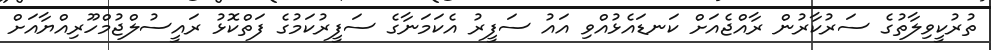
ތުރުކީވިލާތުގެ ސަރުކާރުން ރާއްޖެއަށް ކަނޑައެޅުއްވި އައު ސަފީރު އެކަމަނާގެ ސަފީރުކަމުގެ ފަތްކޮޅު ރައީސުލްޖުމްހޫރިއްޔާއަށް